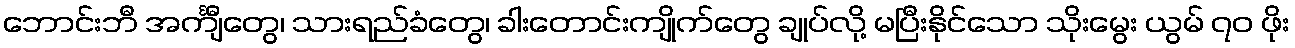
ဘောင်းဘီ အင်္ကျီတွေ၊ သားရည်ခံတွေ၊ ခါးတောင်းကျိုက်တွေ ချုပ်လို့ မပြီးနိုင်သော သိုးမွေး ယွမ် ၇၀ ဖိုး